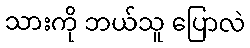
သားကို ဘယ်သူ ပြောလဲ